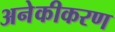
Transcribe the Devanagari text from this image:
अनेकीकरण